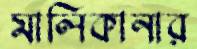
মালিকানার